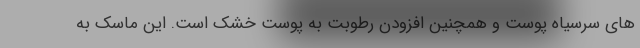
های سرسیاه پوست و همچنین افزودن رطوبت به پوست خشک است. این ماسک به